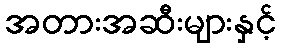
အတားအဆီးများနှင့်